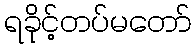
ရခိုင့်တပ်မတော်